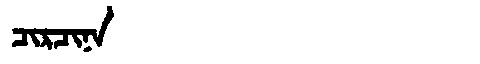
Manchu: ᠴᡳᡵᠴᡳᠨᠠ
Romanization: CIRCINA